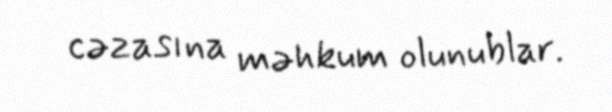
cəzasına məhkum olunublar.